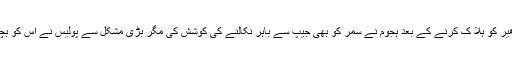
سدھیر کو ہلا ک کرنے کے بعد ہجوم نے سمر کو بھی جیپ سے باہر نکالنے کی کوشش کی مگر بڑی مشکل سے پولیس نے اس کو بچالیا۔